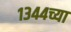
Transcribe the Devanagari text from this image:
१३४४च्या